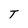
Character: T